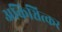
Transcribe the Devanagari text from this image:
अकिञ्चित्कर